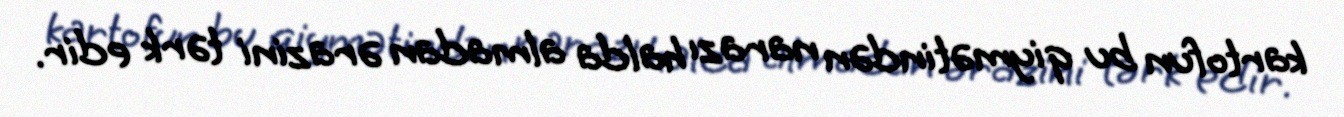
kartofun bu qiymətindən narazı halda almadan ərazini tərk edir.